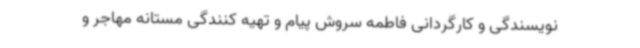
نویسندگی و کارگردانی فاطمه سروش پیام و تهیه کنندگی مستانه مهاجر و